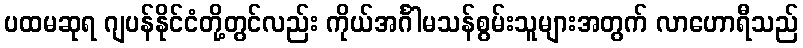
ပထမဆုရ ဂျပန်နိုင်ငံတို့တွင်လည်း ကိုယ်အင်္ဂါမသန်စွမ်းသူများအတွက် လာဟောရီသည်